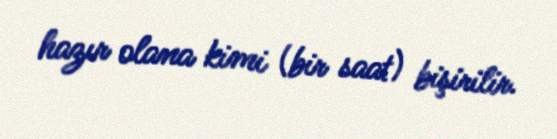
hazır olana kimi (bir saat) bişirilir.